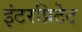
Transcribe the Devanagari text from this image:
इंटरप्रिटेट